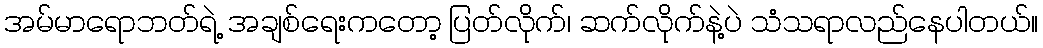
အမ်မာရောဘတ်ရဲ့ အချစ်ရေးကတော့ ပြတ်လိုက်၊ ဆက်လိုက်နဲ့ပဲ သံသရာလည်နေပါတယ်။